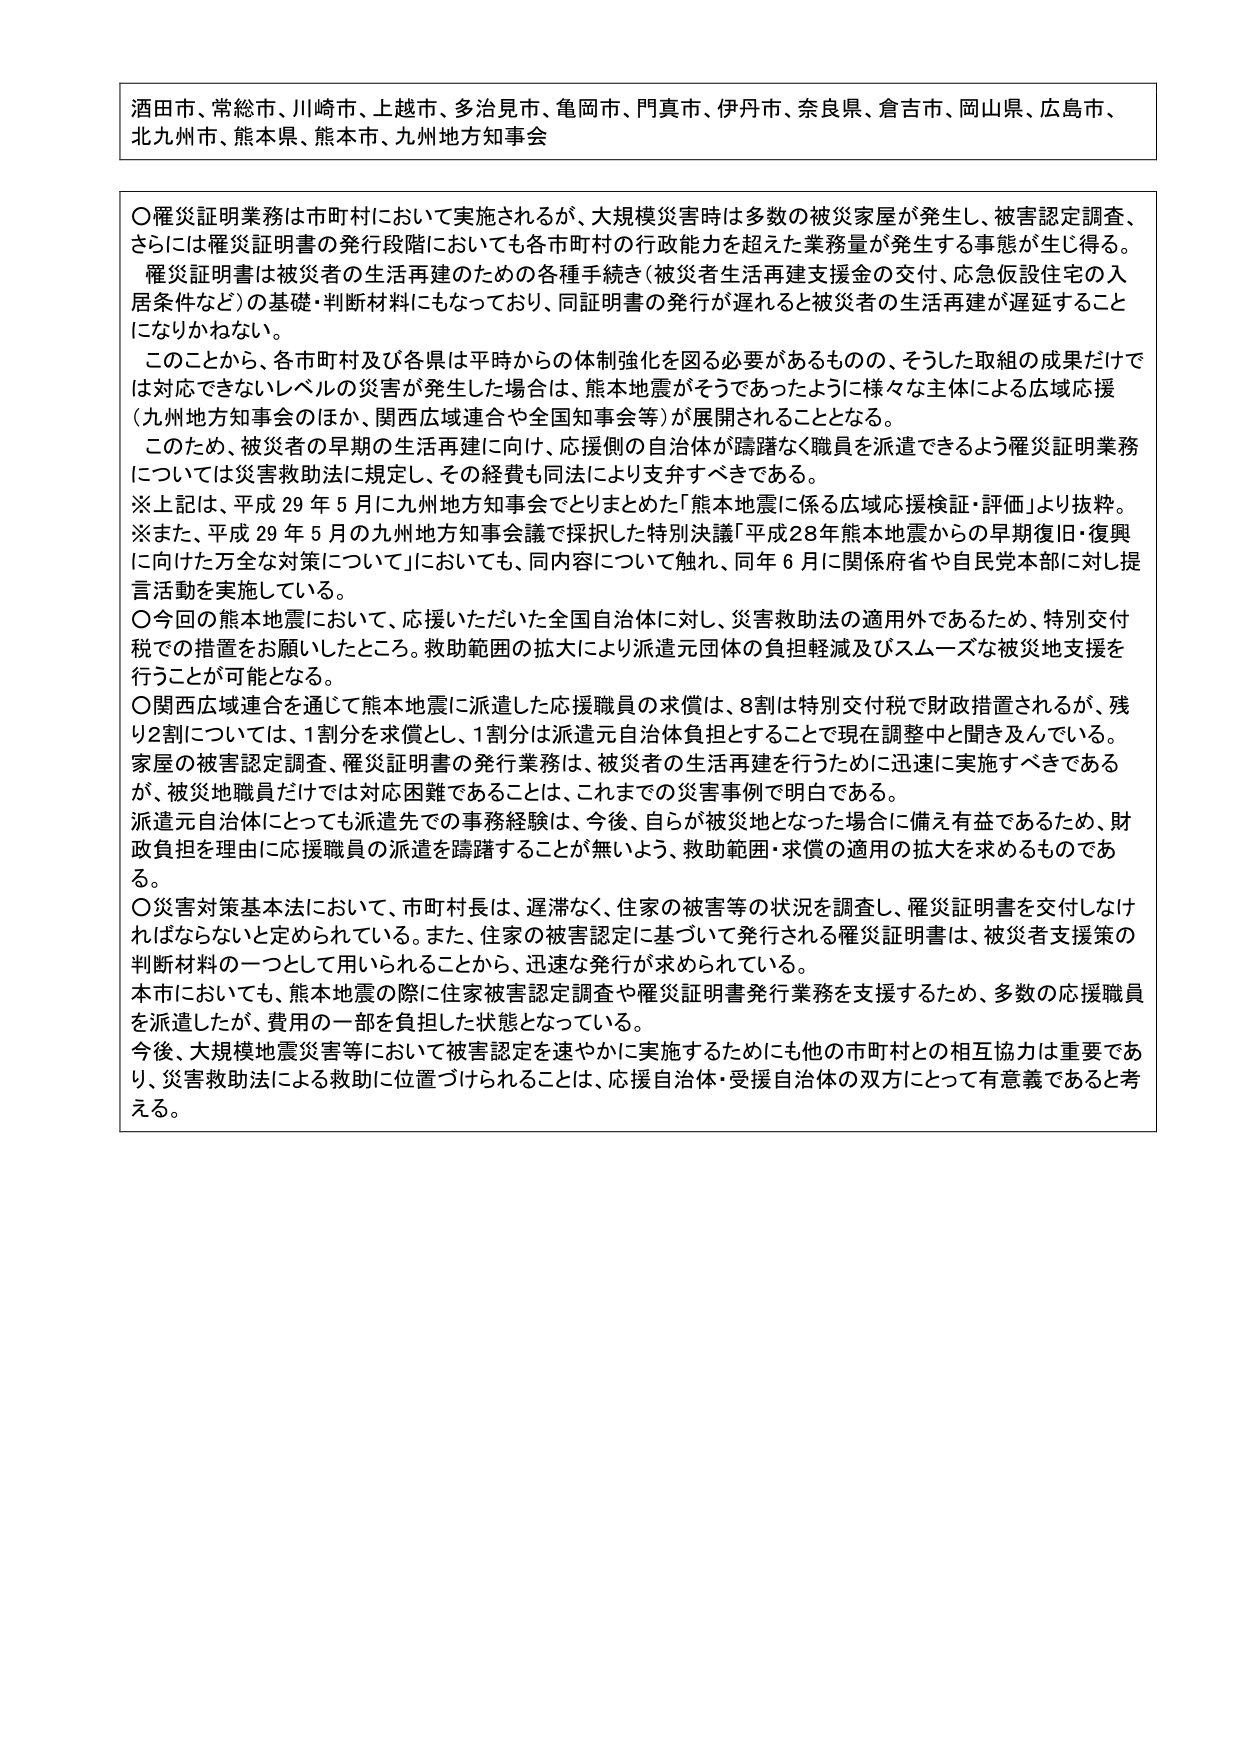
酒田市、常総市、川崎市、上越市、多治見市、亀岡市、門真市、伊丹市、奈良県、倉吉市、岡山県、広島市、
北九州市、熊本県、熊本市、九州地方知事会

〇罹災証明業務は市町村において実施されるが、大規模災害時は多数の被災家屋が発生し、被害認定調査、
さらには罹災証明書の発行段階においても各市町村の行政能力を超えた業務量が発生する事態が生じ得る。
罹災証明書は被災者の生活再建のための各種手続き（被災者生活再建支援金の交付、応急仮設住宅の入
居条件など）の基礎・判断材料にもなっており、同証明書の発行が遅れると被災者の生活再建が遅延すること
になりかねない。
このことから、各市町村及び各県は平時からの体制強化を図る必要があるものの、そうした取組の成果だけで
は対応できないレベルの災害が発生した場合は、熊本地震がそうであったように様々な主体による広域応援
（九州地方知事会のほか、関西広域連合や全国知事会等）が展開されることとなる。
このため、被災者の早期の生活再建に向け、応援側の自治体が躊躇なく職員を派遣できるよう罹災証明業務
については災害救助法に規定して、その経費も同法により支弁すべきである。
※上記は、平成29年5月に九州地方知事会でとりまとめた「熊本地震に係る広域応援検証・評価」より抜粋。
※また、平成29年5月の九州地方知事会議で採択した特別決議「平成28年熊本地震からの早期復旧・復興
に向けた万全な対策について」においても、同内容について触れ、同年6月に関係府省や自民党本部に対し提
言活動を実施している。
〇今回の熊本地震において、応援いただいた全国自治体に対し、災害救助法の適用外であるため、特別交付
税での措置をお願いしたところ。救助範囲の拡大により派遣元団体の負担軽減及びスムーズな被災地支援を
行うことが可能となる。
〇関西広域連合を通じて熊本地震に派遣した応援職員の求償は、8割は特別交付税で財政措置されるが、残
り2割については、1割分を求償とし、1割分は派遣元自治体負担とすることで現在調整中と聞き及んでいる。
家屋の被害認定調査、罹災証明書の発行業務は、被災者の生活再建を行うために迅速に実施すべきである
が、被災地職員だけでは対応困難であることは、これまでの災害事例で明白である。
派遣元自治体にとっても派遣先での事務経験は、今後、自らが被災地となった場合に備え有益であるため、財
政負担を理由に応援職員の派遣を躊躇することが無いよう、救助範囲・求償の適用の拡大を求めるものであ
る。
〇災害対策基本法において、市町村長は、遅滞なく、住家の被害等の状況を調査し、罹災証明書を交付しなけ
ればならないと定められている。また、住家の被害認定に基づいて発行される罹災証明書は、被災者支援策の
判断材料の一つとして用いられることから、迅速な発行が求められている。
本市においても、熊本地震の際に住家被害認定調査や罹災証明書発行業務を支援するため、多数の応援職員
を派遣したが、費用の一部を負担した状態となっている。
今後、大規模地震災害等において被害認定を速やかに実施するためにも他の市町村との相互協力は重要であ
り、災害救助法による救助に位置づけられることは、応援自治体・受援自治体の双方にとって有意義であると考
える。